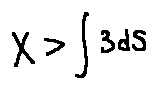
X > \int 3 d S